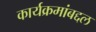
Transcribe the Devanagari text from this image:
कार्यक्रमांबद्दल